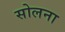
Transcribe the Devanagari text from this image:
सोलना